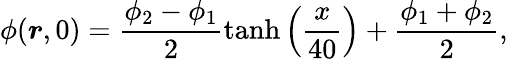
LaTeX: \phi({\boldsymbol r},0)=\frac{\phi_{2}-\phi_{1}}{2}\operatorname{tanh}\left(\frac{x}{40}\right)+\frac{\phi_{1}+\phi_{2}}{2},